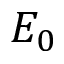
E _ { 0 }